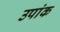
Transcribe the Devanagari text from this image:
उपांक